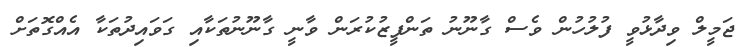
ޖަމީލް ވިދާޅުވީ ފުލުހުން ވެސް ގާނޫނު ތަންފީޒުކުރަން ވާނީ ގާނޫނުތަކާއި ގަވައިދުތަކާ އެއްގޮތަށް